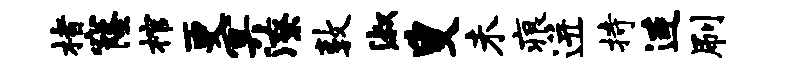
楮窿棺更冥潦敦淑叟未痕迸持连刷